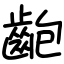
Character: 齙